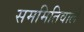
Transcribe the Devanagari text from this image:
सममितिवाले